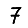
Digit: 7